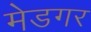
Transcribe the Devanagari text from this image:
मेडगर